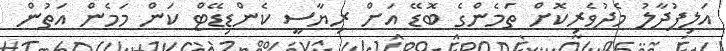
އަލިފުދާލު މެދުވެރިކޮށް ތަމެންގެ ބޮޑޭ އަށް ރިޔާސީ ކެންޑިޑޭޓް ކަން މަމެން އަތުން